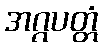
အဂ္ဂပတ္တံ